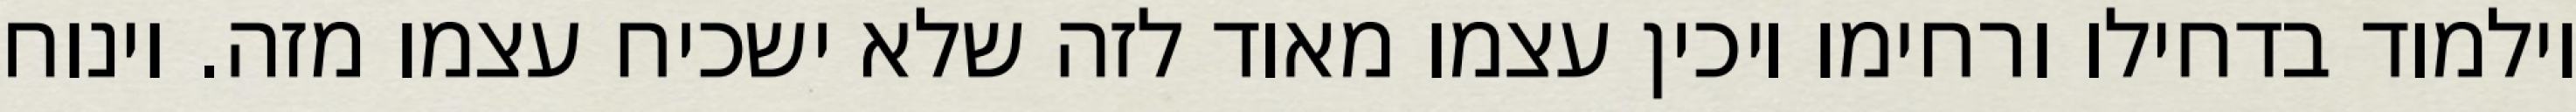
וילמוד בדחילו ורחימו ויכין עצמו מאוד לזה שלא ישכיח עצמו מזה. וינוח